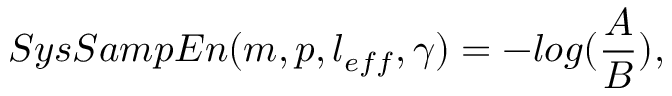
S y s S a m p E n ( m , p , l _ { e f f } , \gamma ) = − l o g ( \frac { A } { B } ) ,